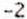
-2